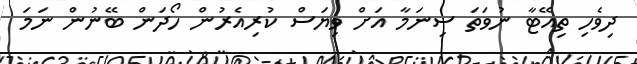
ދިވެހި ތިއޭޓާ ނުވަތަ ސިނަމާ އަށް ވިޔަސް ކުރިއެރުން ހޯދަން ބޭނުން ނަމަ